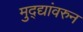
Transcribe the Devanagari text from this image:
मुद्द्यांवरुन